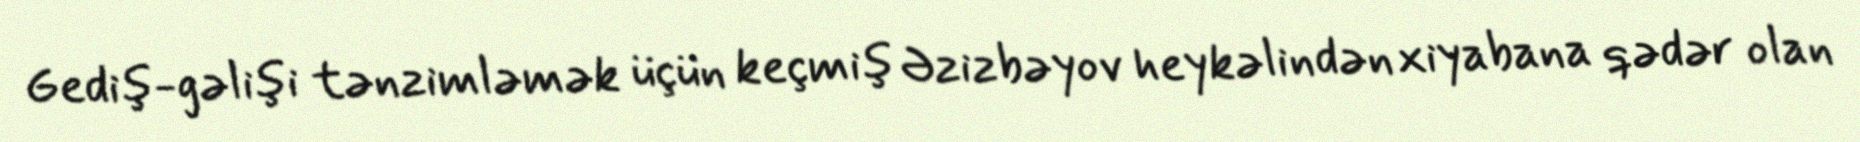
Gediş-gəlişi tənzimləmək üçün keçmiş Əzizbəyov heykəlindən xiyabana qədər olan